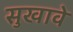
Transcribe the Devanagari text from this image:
सुखावे